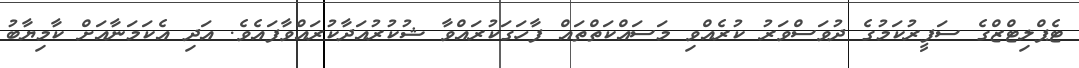
ޓެޕްލިޓްޒްގެ ސަފީރުކަމުގެ ދުވަސްވަރު ކުރެއްވި މަސައްކަތްތައް ފާހަގަކުރައްވާ ޝުކުރުއަދާކުރައްވާފައެވެ. އަދި އެކަމަނާއަށް ކާމިޔާބު